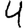
Digit: 4